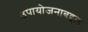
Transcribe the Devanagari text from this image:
उपायोजनाबद्दल